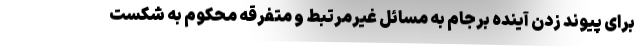
برای پیوند زدن آینده برجام به مسائل غیرمرتبط و متفرقه محکوم به شکست